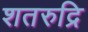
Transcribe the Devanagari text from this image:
शतरुद्रि